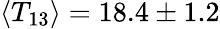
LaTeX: \langle{T_{13}}\rangle{}=18.4\pm 1.2